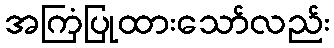
အကြံပြုထားသော်လည်း